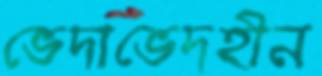
ভেদাভেদহীন